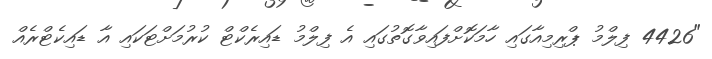
"4426 ފިލްމު ޕްރިމިއާގައި ހާމަކޮށްފައިވާގޮތުގައި އެ ފިލްމު ޑައިރެކްޓް ކުރުމަށްޓަކައި އާ ޑައިކެޓްރެއް